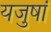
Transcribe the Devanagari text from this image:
यजुषां